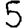
Digit: 5